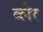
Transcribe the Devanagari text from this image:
व्‍लेर